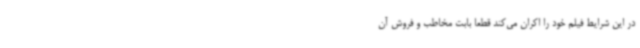
در این شرایط فیلم خود را اکران می‌کند قطعاً بابت مخاطب و فروش آن